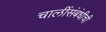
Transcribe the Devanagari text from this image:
चालींसंबंधीची